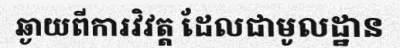
ឆ្ងាយពីការវិវត្ត ដែលជាមូលដ្ឋាន